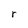
Character: r